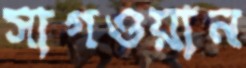
সাগওয়ান